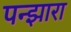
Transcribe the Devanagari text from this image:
पन्झारा